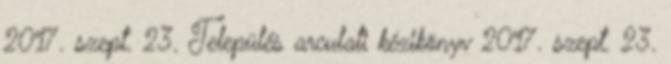
2017. szept. 23. Település arculati kézikönyv 2017. szept. 23.